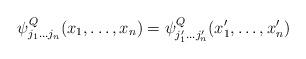
LaTeX: \begin{align*}\psi_{j_1\dots j_n}^{Q}(x_1,\dots,x_n)=\psi_{j_1'\dots j_n'}^{Q}(x_1',\dots,x_n')\end{align*}